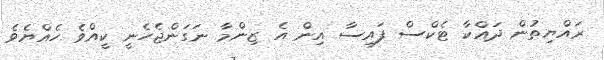
ރައްޔިތުން ދައްކާ ޓެކްސް ފައިސާ އިން އެ ޒިންމާ ނަގަންޖެހެނީ ކީއްވެ ހެއްޔެވެ